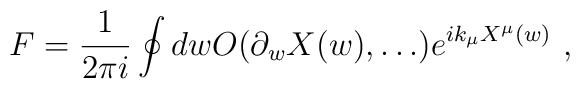
F=\frac{1}{2\pi i} \oint dw O(\partial_wX(w),\dots)e^{ik_{\mu}X^{\mu}(w)} \ ,